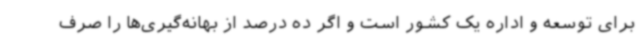
برای توسعه و اداره یک کشور است و اگر ده درصد از بهانه‌گیری‌ها را صرف